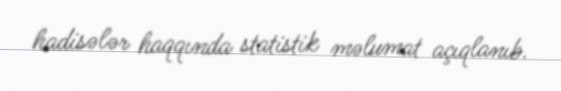
hadisələr haqqında statistik məlumat açıqlanıb.